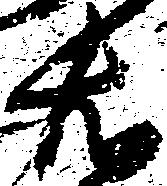
右